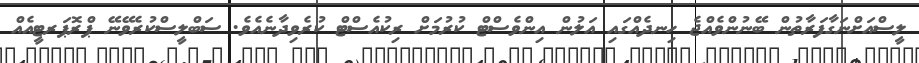
ލީސްއަށްނަގާފަރާތުން ބޭނުންވެއްޖެ ހިނދެއްގައި އަލުން އިންވެސްޓް ކުރުމަށް ރިކުއެސްޓް ކުރެވިދާނެއެވެ. ސަބްލީސްކުރެވޭނޭ ޕްރޮޕަރޓީއެއް